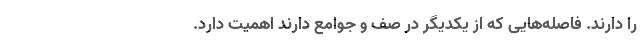
را دارند. فاصله‌هایی که از یکدیگر در صف و جوامع دارند اهمیت دارد.